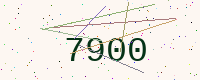
Text: 7900